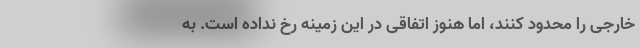
خارجی را محدود کنند، اما هنوز اتفاقی در این زمینه رخ نداده است. به